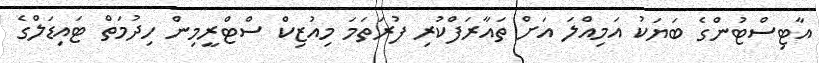
އާޓިސްޓުންގެ ބަޔަކު އަމިއްލަ އަށް ތައާރަފްކުރި ފުރަތަމަ މިއުޒިކް ސްޓްރީމިން ހިދުމަތް ޓައިޑަލްގެ